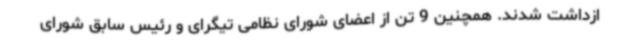
ازداشت شدند. همچنین 9 تن از اعضای شورای نظامی تیگرای و رئیس سابق شورای